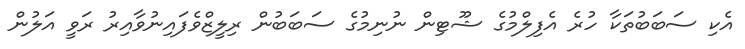
އެކި ސަބަބުތަކާ ހުރެ އެފިލްމުގެ ޝޫޓިން ނުނިމުގެ ސަބަބުން ރިލީޒްވެފައިނުވާއިރު ރަވީ އަލުން